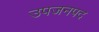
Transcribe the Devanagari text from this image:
उपजनपद